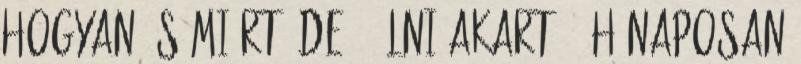
hogyan és miért, de Ő élni akart. 2 hónaposan